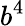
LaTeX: b^{4}